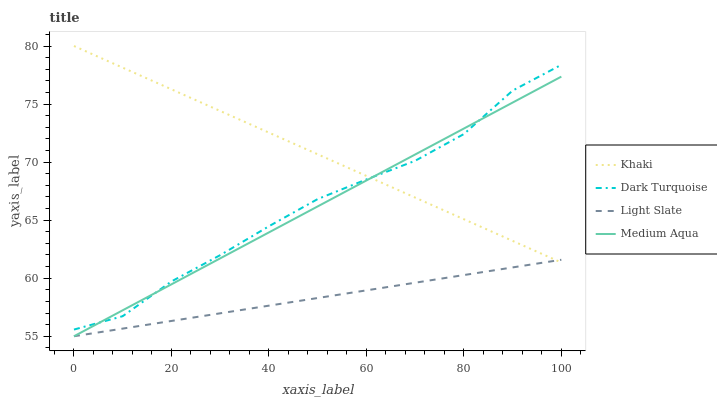
| xaxis_label | Khaki | Dark Turquoise | Light Slate | Medium Aqua |
 | --- | --- | --- | --- | --- |
 | 0 | 80 | 55.6 | 55 | 55 |
 | 10 | 78.1 | 56.7 | 55.7 | 57.2 |
 | 20 | 76.3 | 59.7 | 56.3 | 59.5 |
 | 30 | 74.4 | 62 | 57 | 61.7 |
 | 40 | 72.5 | 64.5 | 57.6 | 63.9 |
 | 50 | 70.7 | 66.8 | 58.3 | 66.2 |
 | 60 | 68.8 | 68.5 | 59 | 68.4 |
 | 70 | 66.9 | 70.1 | 59.6 | 70.7 |
 | 80 | 65.1 | 72.4 | 60.3 | 72.9 |
 | 90 | 63.2 | 76.2 | 60.9 | 75.1 |
 | 100 | 61.4 | 78.4 | 61.6 | 77.4 |